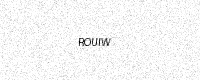
Text: ROUIW